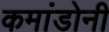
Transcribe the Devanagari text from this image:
कमांडोनी